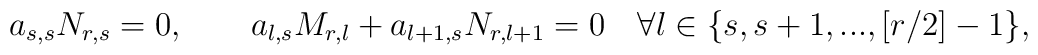
a_{s,s}N_{r,s}=0,\quad\quad a_{l,s}M_{r,l}+a_{l+1,s}N_{r,l+1}=0\quad\forall l\in\{s,s+1,...,[r/2]-1\},